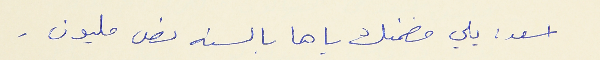
اسعد : يلي مضمنك ياها بالسنه نص مليون .